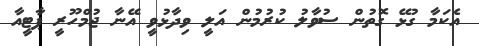
އެކަމާ ގުޅޭ ގޮތުން ސުވާލު ކުރުމުން އަލީ ވިދާޅުވީ އޭނާ ޖުމްހޫރީ ޕާޓީއާ